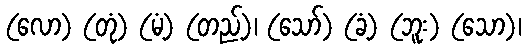
(လော) (တုံ) (မံ့) (တည့်)၊ (သော်) (ခံ့) (ဘူး) (သော)၊